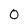
Character: 0